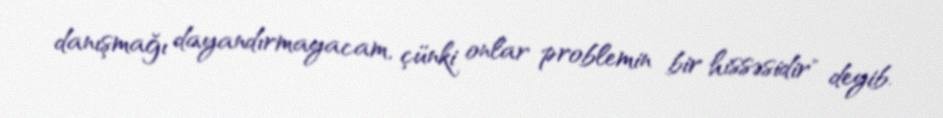
danışmağı dayandırmayacam, çünki onlar problemin bir hissəsidir" deyib.